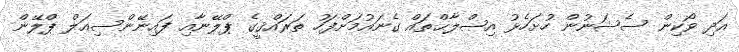
އަދި ވޯކިން ސެޝަނުން ހުށަހެޅު އިޞްލާޙްތައް ގެނައުމަށްފަހު ތަރައްޤީގެ ޕްލޭނާއި ފައިނޭންސިއަލް ޕްލޭން